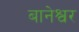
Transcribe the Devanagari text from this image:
बानेश्वर